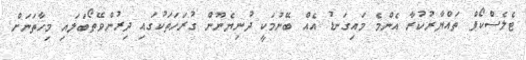
ޓެލެސްކޯޕް ތައްޔާރުކުރާ އެންމެ މައިގަނޑު އެއް ބޭނުމަކީ ދުނިޔެނޫން ގުރަހަތަކުގައި ދިރުންވޭތޯބަލައި މިހާތަނަށް